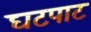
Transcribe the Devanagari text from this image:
घटपाट